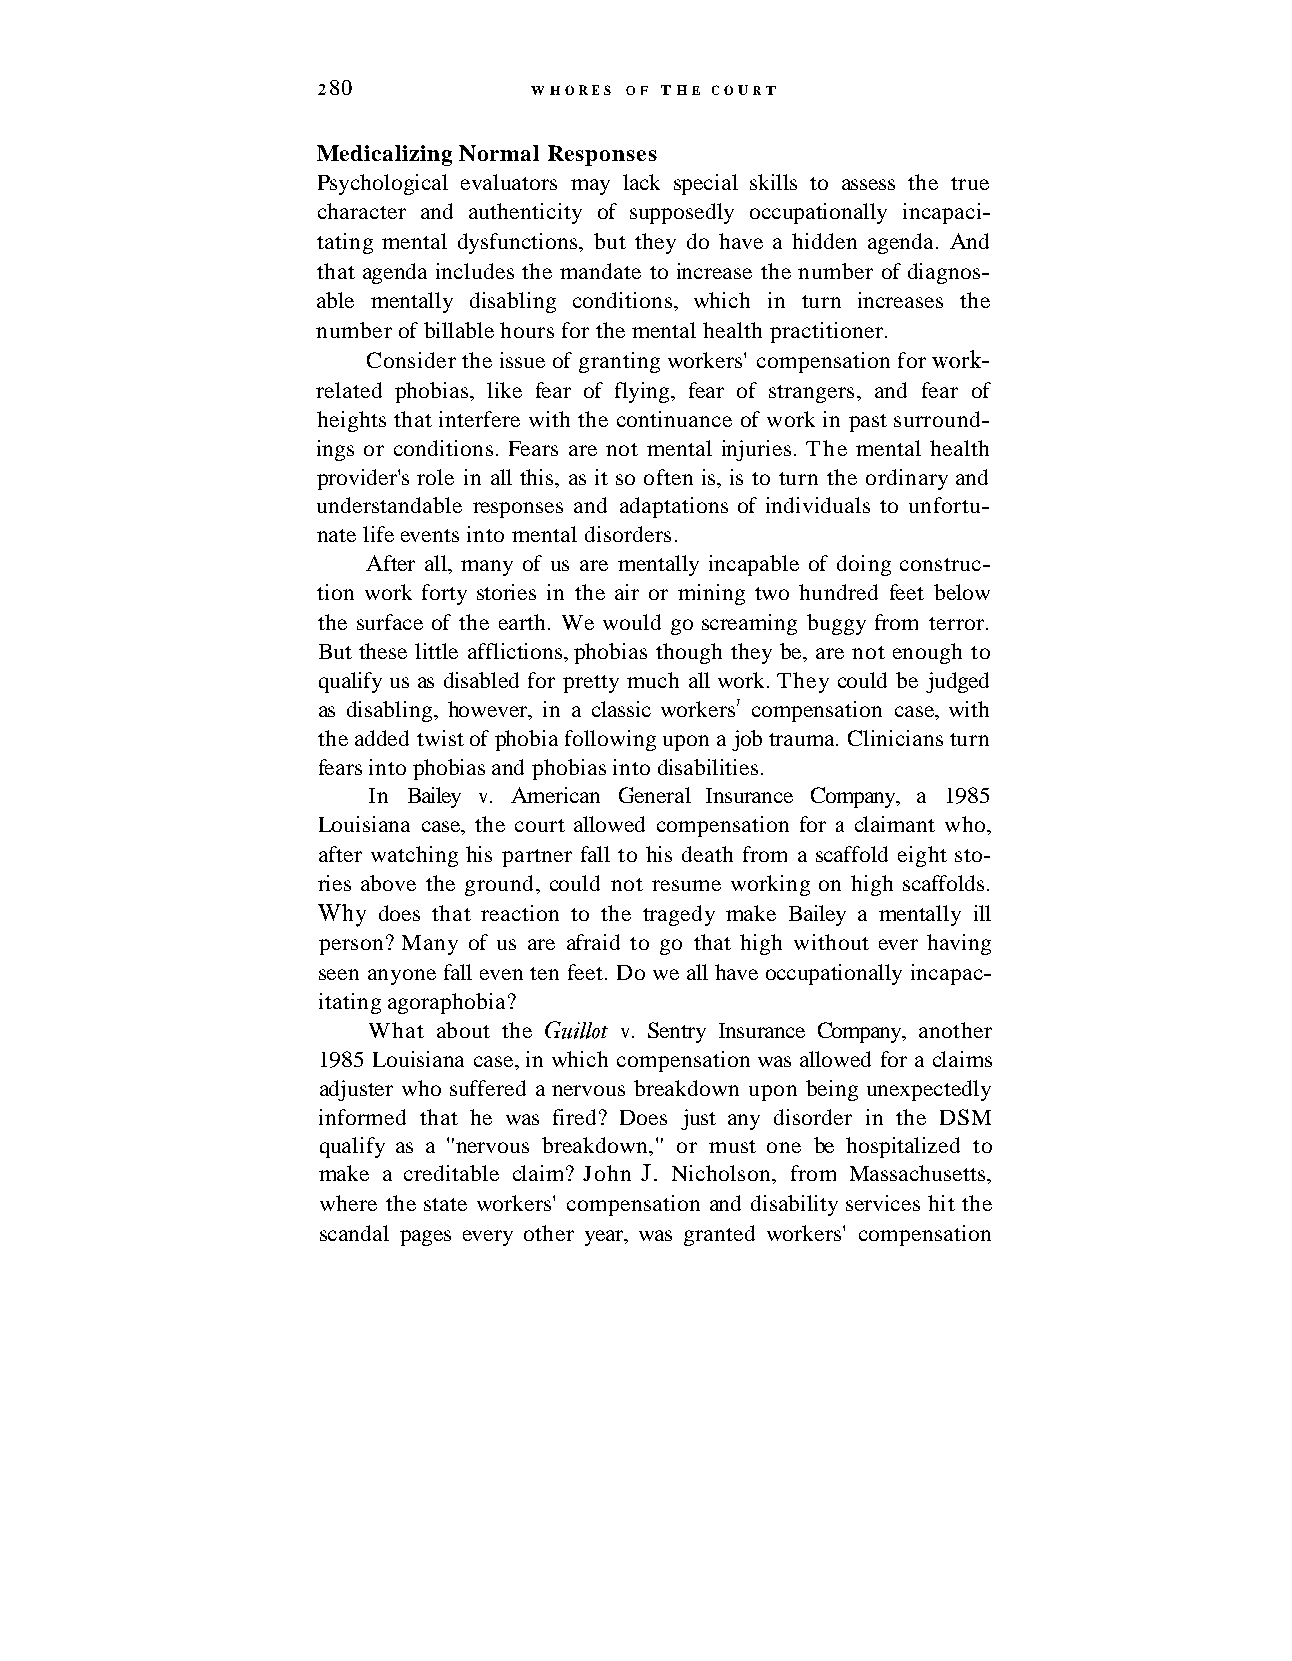
2 80          WHORES OF THE COURT
 Medicalizing Normal Responses
 Psychological evaluators may lack special skills to assess the true
 character and authenticity of supposedly occupationally incapaci-
 tating mental dysfunctions, but they do have a hidden agenda. And
 that agenda includes the mandate to increase the number of diagnos-
 able mentally disabling conditions, which in turn increases the
 number of billable hours for the mental health practitioner.
 Consider the issue of granting workers' compensation for work-
 related phobias, like fear of flying, fear of strangers, and fear of
 heights that interfere with the continuance of work in past surround-
 ings or conditions. Fears are not mental injuries. The mental health
 provider's role in all this, as it so often is, is to turn the ordinary and
 understandable responses and adaptations of individuals to unfortu-
 nate life events into mental disorders.
 After all, many of us are mentally incapable of doing construc-
 tion work forty stories in the air or mining two hundred feet below
 the surface of the earth. We would go screaming buggy from terror.
 But these little afflictions, phobias though they be, are not enough to
 qualify us as disabled for pretty much all work. They could be judged
 as disabling, however, in a classic workers7 compensation case, with
 the added twist of phobia following upon a job trauma. Clinicians turn
 fears into phobias and phobias into disabilities.
 In Bailey v. American General Insurance Company, a 1985
 Louisiana case, the court allowed compensation for a claimant who,
 after watching his partner fall to his death from a scaffold eight sto-
 ries above the ground, could not resume working on high scaffolds.
 Why does that reaction to the tragedy make Bailey a mentally ill
 person? Many of us are afraid to go that high without ever having
 seen anyone fall even ten feet. Do we all have occupationally incapac-
 itating agoraphobia?
 What about the Guillot v. Sentry Insurance Company, another
 1985 Louisiana case, in which compensation was allowed for a claims
 adjuster who suffered a nervous breakdown upon being unexpectedly
 informed that he was fired? Does just any disorder in the DSM
 qualify as a "nervous breakdown," or must one be hospitalized to
 make a creditable claim? John J. Nicholson, from Massachusetts,
 where the state workers' compensation and disability services hit the
 scandal pages every other year, was granted workers' compensation